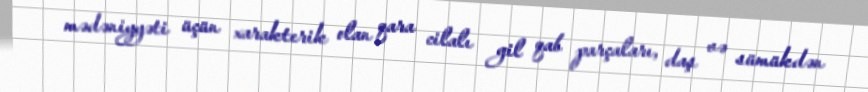
mədəniyyəti üçün xarakterik olan qara cilalı gil qab parçaları, daş və sümükdən